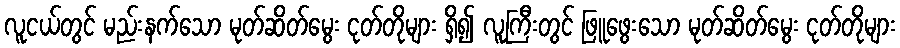
လူငယ်တွင် မည်းနက်သော မုတ်ဆိတ်မွေး ငုတ်တိုများ ရှိ၍ လူကြီးတွင် ဖြူဖွေးသော မုတ်ဆိတ်မွေး ငုတ်တိုများ